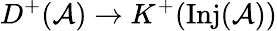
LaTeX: D^{+}({\mathcal{A}})\rightarrow K^{+}(\mathrm{Inj}({\mathcal{A}}))